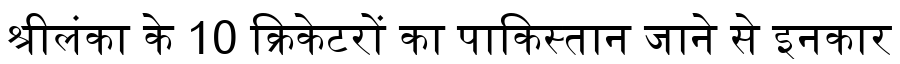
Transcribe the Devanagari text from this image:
श्रीलंका के 10 क्रिकेटरों का पाकिस्तान जाने से इनकार